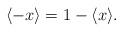
LaTeX: \begin{align*}\langle -x \rangle = 1-\langle x \rangle.\end{align*}